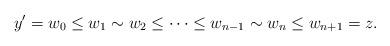
LaTeX: \begin{align*} y'=w_0\leq w_1\sim w_2 \leq \cdots\leq w_{n-1}\sim w_n\leq w_{n+1}= z.\end{align*}